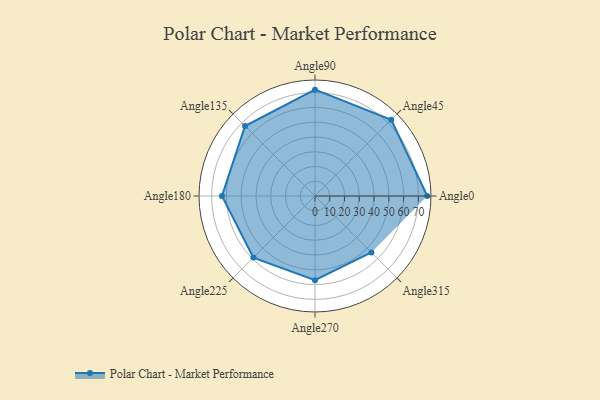
{"axis": {"x": "Angle", "y": "Radius"}, "legend": [""], "data": [{"x": "Angle0", "y": 76.0, "type": ""}, {"x": "Angle45", "y": 73.0, "type": ""}, {"x": "Angle90", "y": 72.0, "type": ""}, {"x": "Angle135", "y": 67.0, "type": ""}, {"x": "Angle180", "y": 63.0, "type": ""}, {"x": "Angle225", "y": 59.0, "type": ""}, {"x": "Angle270", "y": 57.0, "type": ""}, {"x": "Angle315", "y": 54.0, "type": ""}]}